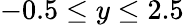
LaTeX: -0.5\leq y\leq 2.5